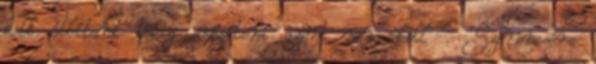
kell állítani tökig erősíteni azért nem kell . Szerencsére